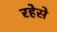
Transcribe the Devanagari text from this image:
रहेसे